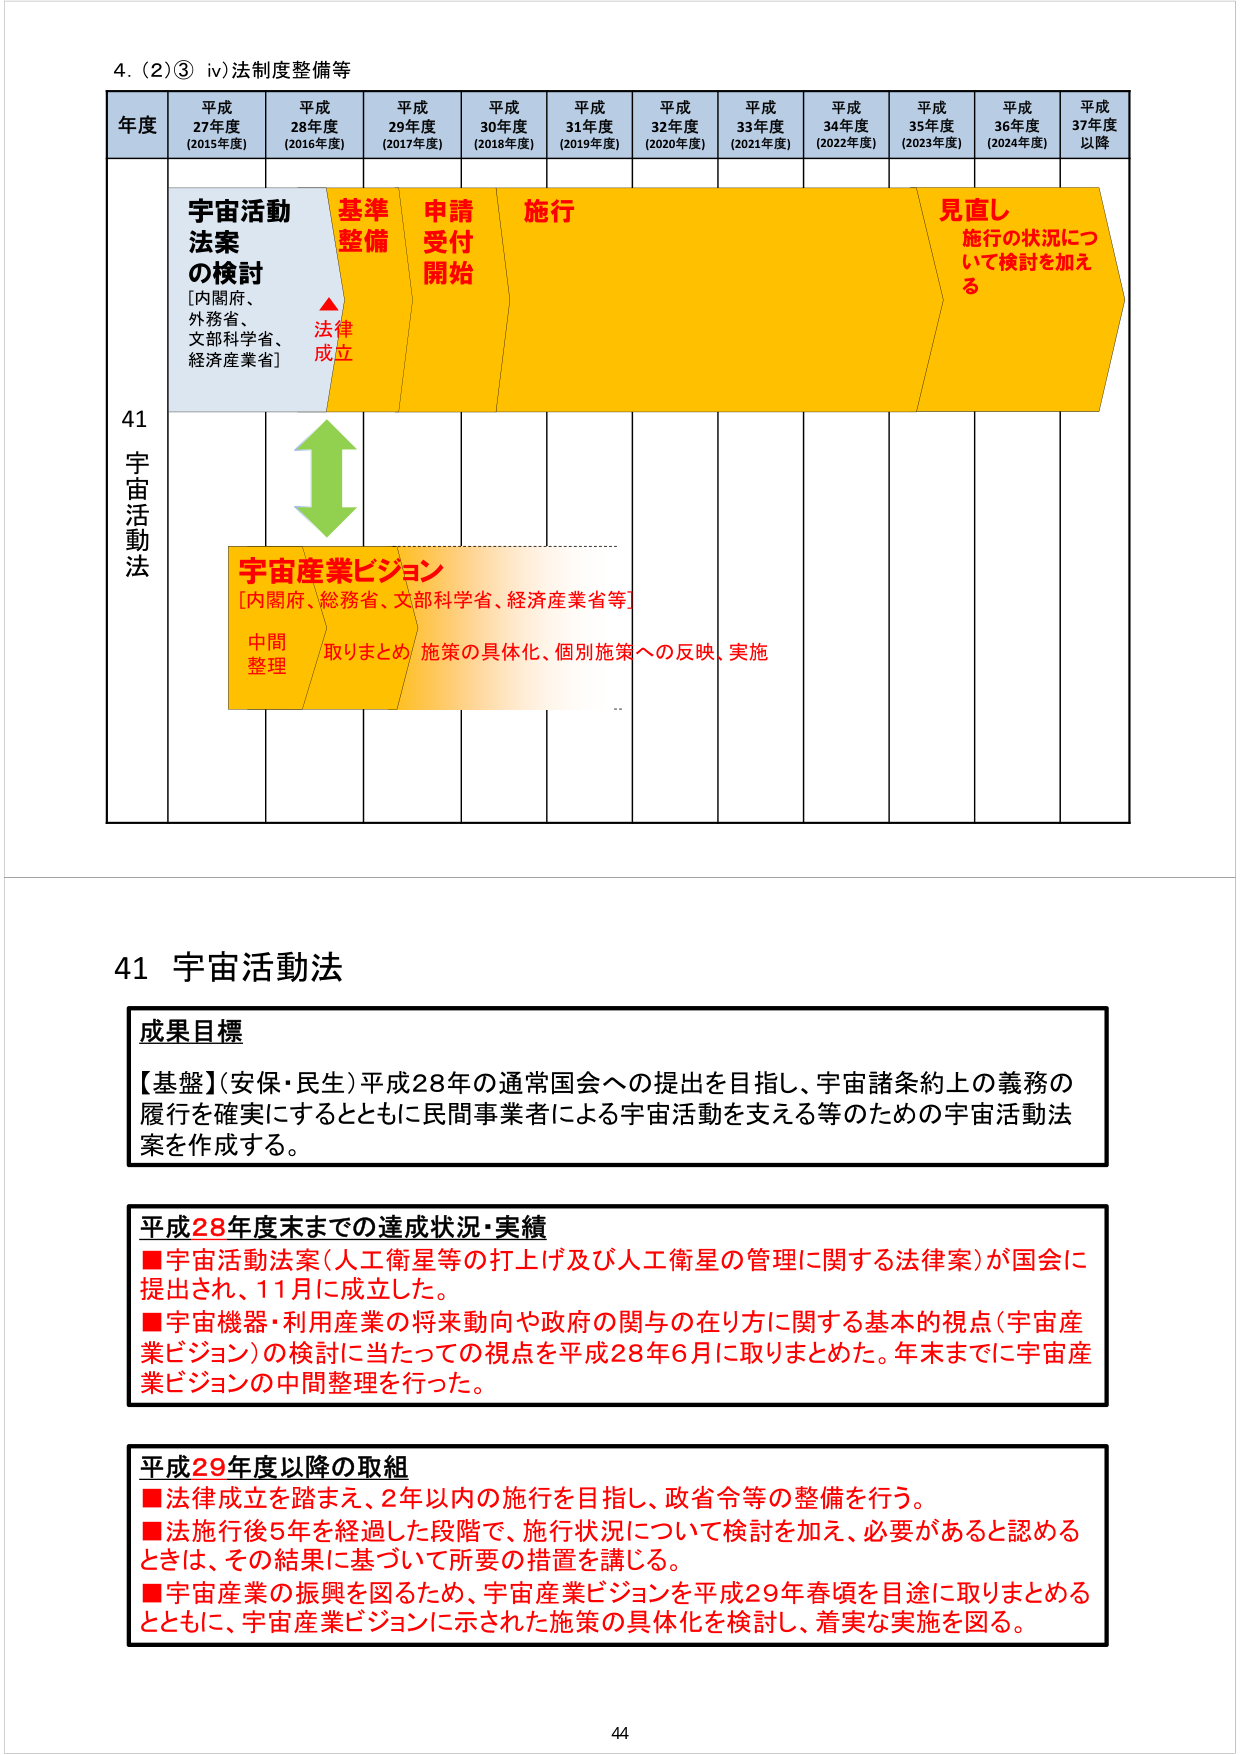
4. (2)③ iv) 法制度整備等

年度 平成27年度 (2015年度) 平成28年度 (2016年度) 平成29年度 (2017年度) 平成30年度 (2018年度) 平成31年度 (2019年度) 平成32年度 (2020年度) 平成33年度 (2021年度) 平成34年度 (2022年度) 平成35年度 (2023年度) 平成36年度 (2024年度) 平成37年度以降

41 宇宙活動法

宇宙活動法案の検討 [内閣府、外務省、文部科学省、経済産業省]

法律成立

基準整備

申請受付開始

施行

見直し 施行の状況について検討を加える

宇宙産業ビジョン [内閣府、総務省、文部科学省、経済産業省等]

中間整理

取りまとめ 施策の具体化、個別施策への反映、実施

41 宇宙活動法

成果目標
【基盤】(安保・民生) 平成28年の通常国会への提出を目指し、宇宙諸条約上の義務の履行を確実にするとともに民間事業者による宇宙活動を支える等のための宇宙活動法案を作成する。

平成28年度末までの達成状況・実績
■宇宙活動法案（人工衛星等の打上げ及び人工衛星の管理に関する法律案）が国会に提出され、11月に成立した。
■宇宙機器・利用産業の将来動向や政府の関与の在り方に関する基本的視点（宇宙産業ビジョン）の検討に当たっての視点を平成28年6月に取りまとめた。年末までに宇宙産業ビジョンの中間整理を行った。

平成29年度以降の取組
■法律成立を踏まえ、2年以内の施行を目指し、政省令等の整備を行う。
■法施行後5年を経過した段階で、施行状況について検討を加え、必要があると認めるときは、その結果に基づいて所要の措置を講じる。
■宇宙産業の振興を図るため、宇宙産業ビジョンを平成29年春頃を目途に取りまとめるとともに、宇宙産業ビジョンに示された施策の具体化を検討し、着実な実施を図る。

44